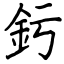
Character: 釫